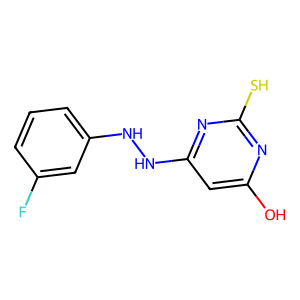
SMILES: Oc1cc(NNc2cccc(F)c2)nc(S)n1
Inhibits HIV replication: No